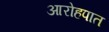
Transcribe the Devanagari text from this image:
आरोहपात